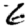
Digit: 6